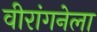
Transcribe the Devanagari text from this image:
वीरांगनेला